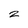
Character: 2